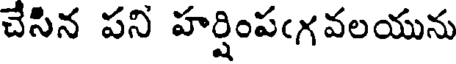
చేసిన పని హర్షింపఁగవలయును